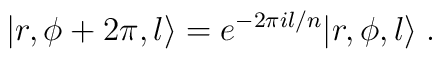
|r,\phi+2\pi,l\rangle =e^{-2\pi il/n}|r,\phi,l\rangle\; .